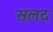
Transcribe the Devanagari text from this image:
सलद